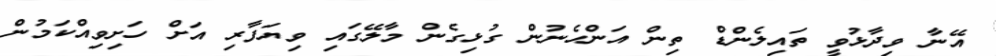
އޭނާ ވިދާޅުވީ ތައިލެންޑް ތިން އަންހެނުން ގުޅިގެން މާލޭގައި ވިޔަފާރި އަށް ހަށިވިއްކަމުން